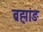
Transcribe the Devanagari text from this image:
ब्रह्मांङ